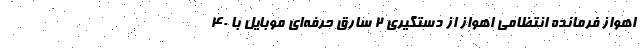
اهواز فرمانده انتظامی اهواز از دستگیری ۲ سارق حرفه‌ای موبایل با ۴۰